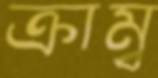
ক্রাম্ব